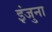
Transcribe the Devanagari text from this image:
इंजुना